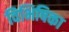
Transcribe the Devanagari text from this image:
विभिषिका